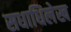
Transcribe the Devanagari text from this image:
सधाधिलेख